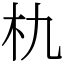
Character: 朹